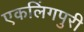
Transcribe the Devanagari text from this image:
एकलिंगपुरी